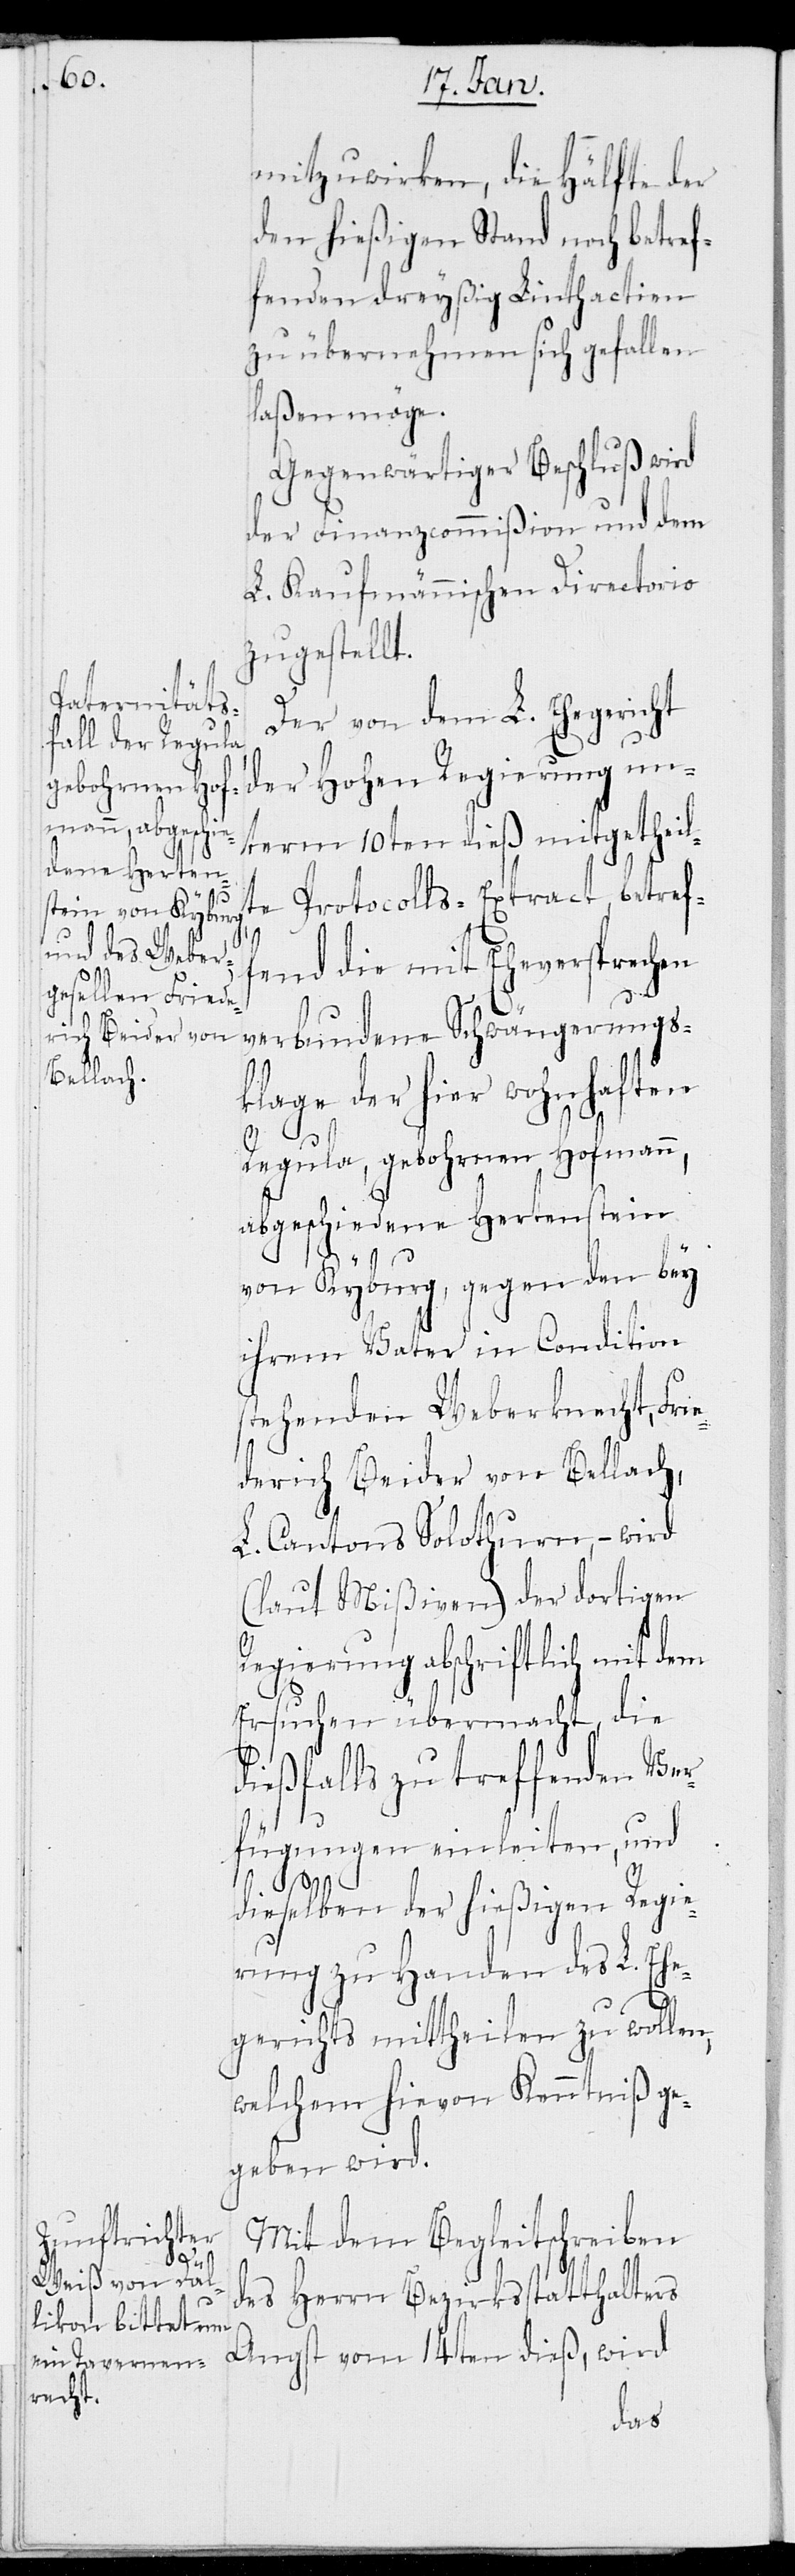
mitzuwirken, die Hälfte der
den hießigen Stand noch betref¬
fenden dreyßig Linthactien
zu übernehmen sich gefallen
laßen möge.
Gegenwärtiger Beschluß wird
der Finanzkommißion und dem
L. Kaufmännischen Directorio
zugestellt.
Der von dem L. Ehegericht
der Hohen Regierung un¬
term 10ten dieß mitgetheil¬
te Protocolls-Extract, betref¬
fend die mit Eheversprechen
verbundene Schwängerungs¬
klage der hier wohnhaften
Regula, gebohrnen Hofmann,
abgeschiedene Hertenstein
von Kyburg, gegen den bey
ihrem Vater in Condition
stehenden Weberknecht, Fri¬
edrich Beider von Bellach,
L. Cantons Solothurn, – wird
(laut Mißiven) der dortigen
Regierung abschriftlich mit dem
Ersuchen übermacht, die
dießfalls zu treffenden Ver¬
fügungen einleiten, und
dieselben der hießigen Regie¬
rung zu Handen des L. Ehe¬
gerichts mittheilen zu wollen,
welchem hievon Kenntniß ge¬
geben wird.
Mit dem Begleitschreiben
des Herrn Bezirkstatthalters
Angst vom 14ten dieß, wird